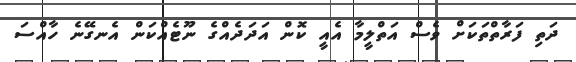
ދަތި ފަރާތްތަކަށް ވެސް އަތްލީމާ އެއީ ކޮން އަދަދެއްގެ ނޫޓެއްކަން އެނގޭނެ ހާއްސަ